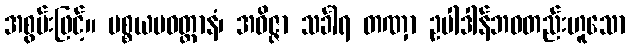
အစွမ်းဖြင့်။ ပစ္စယပဝတ္တာနံ၊ အဝိဇ္ဇာ သင်္ခါရ တဏှာ ဥပါဒါန်ဘဝတည်းဟူသော